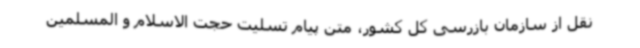
نقل از سازمان بازرسی کل کشور، متن پیام تسلیت حجت الاسلام و المسلمین